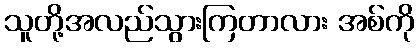
သူတို့အလည်သွားကြတာလား အစ်ကို